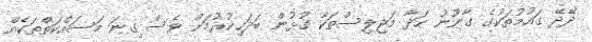
ދޭދޭ ގައުމުތަކުގެ ގާނޫނު ހަދާ މަޖިލިސްތަކާ ގުޅުން ބަދަހިކުރުމަށް ވެސް ގިނަ މަސައްކަތްތަކެއް